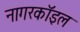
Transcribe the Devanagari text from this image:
नागरकॉइल